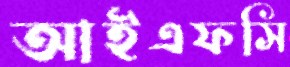
আইএফসি